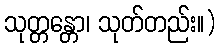
သုတ္တန္တော၊ သုတ်တည်း။)